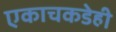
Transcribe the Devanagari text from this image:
एकाचकडेही